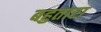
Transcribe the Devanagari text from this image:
बहुतारा